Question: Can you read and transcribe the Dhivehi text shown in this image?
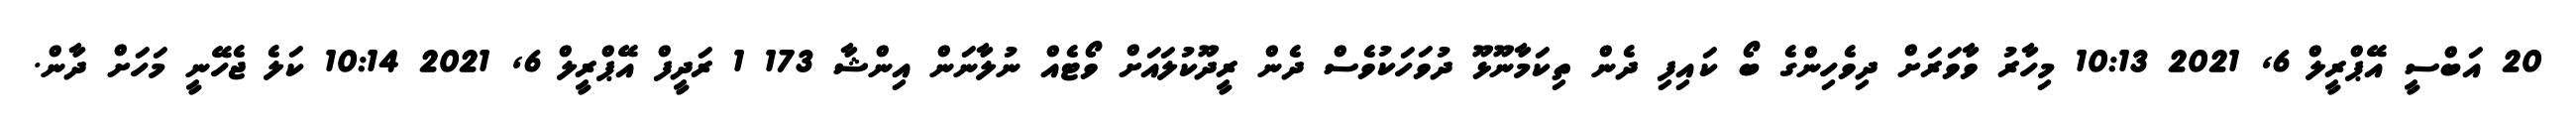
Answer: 20 އަބްސީ އޭޕްރީލް 6, 2021 10:13 މިހާރު ވާވަރަށް ދިވެހިންގެ ބޯ ކައިފި ދެން ތިކަމާނޫޅޫ ދުވަހަކުވެސް ދެން ރީދޫކުލައަށް ވޯޓެއް ނުލާނަން އިންޝާ 173 1 ރަދީފް އޭޕްރީލް 6, 2021 10:14 ކަލެ ޖެހޭނީ މަހަށް ދާން.